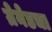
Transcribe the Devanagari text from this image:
ग्रेनेडचा